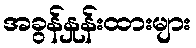
အခွန်နှုန်းထားများ